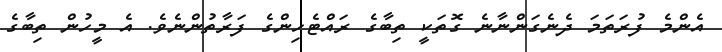
އެންމެ ފުރަތަމަ ދެނެގަންނާނެ ގޮތަކީ ތިބާގެ ރައްޓެހިންގެ ފަރާތުންނެވެ. އެ މީހުން ތިބާގެ